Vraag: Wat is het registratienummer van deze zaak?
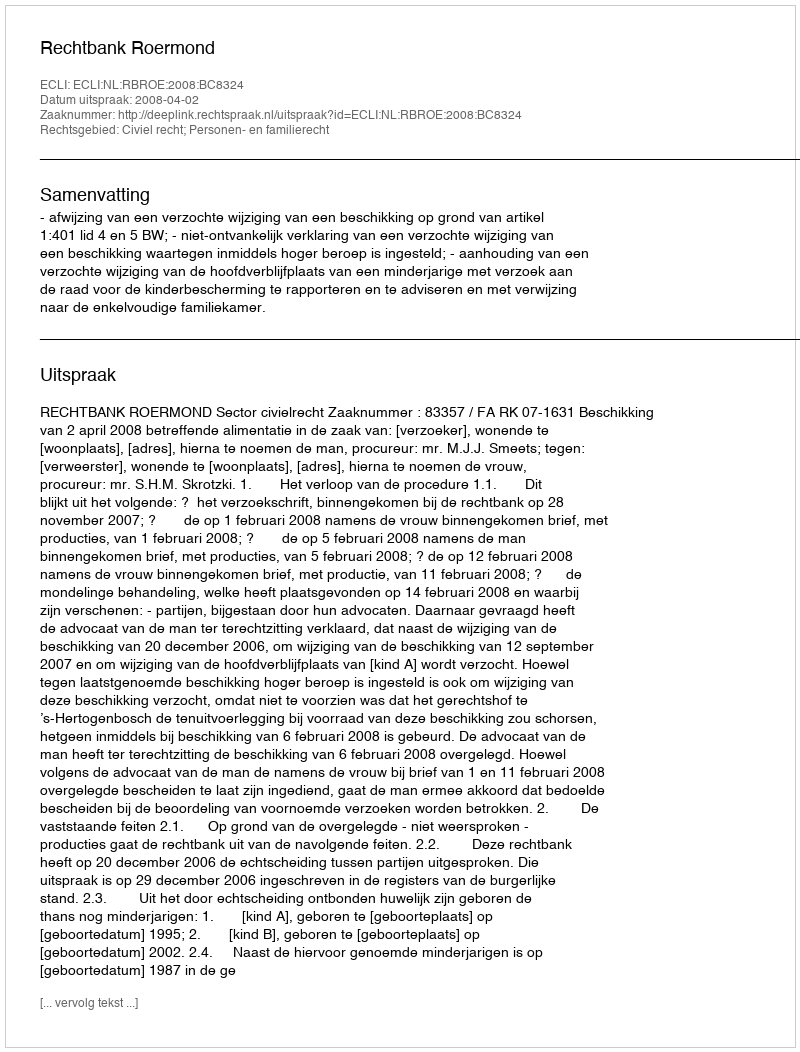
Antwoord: http://deeplink.rechtspraak.nl/uitspraak?id=ECLI:NL:RBROE:2008:BC8324